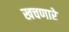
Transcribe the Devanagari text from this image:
खचणारे